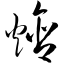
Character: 焓